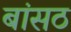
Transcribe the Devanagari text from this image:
बांसठ